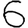
Digit: 6